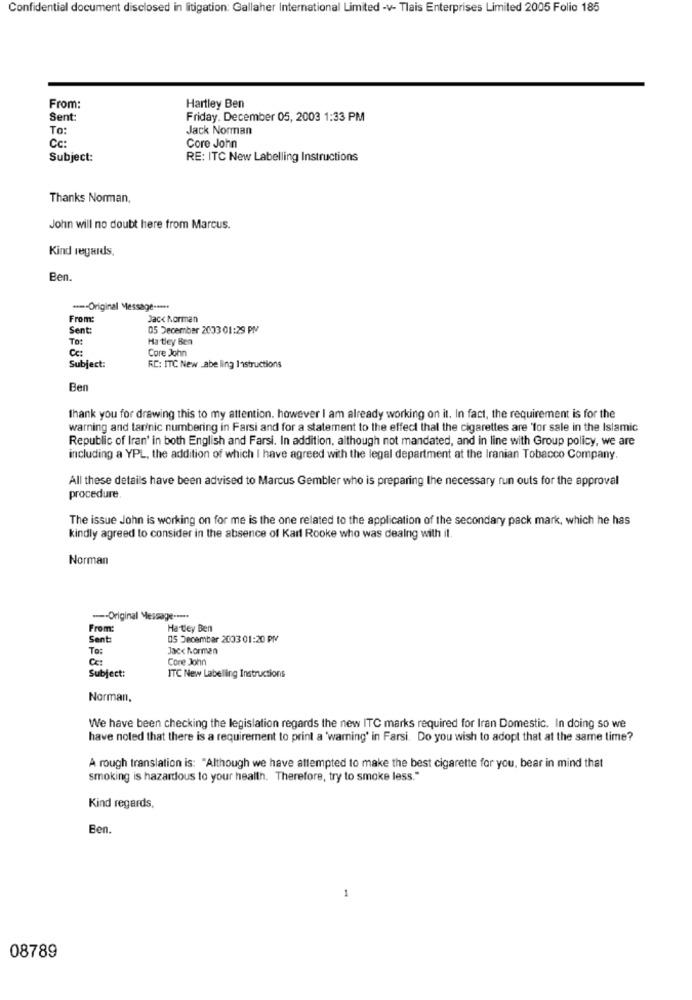
Confidential document disclosed in litigation: Gallaher International Limited -v- Tlais Enterprises Limited 2005 Folio 185
From:
Hartley Ben
Sent:
Friday. December 05, 2003 1:33 PM
To:
Jack Norman
Cc:
Core John
Subject:
RE: ITC New Labelling Instructions
Thanks Norman,
John will no doubt here from Marcus.
Kind regards,
Ben.
==- Original Message -****
From:
Jack Norman
Sent:
05 December 2003 01:29 PM
To:
Ha tley Ben
Cc:
Core John
Subject:
RC: ITC New _abe ling Instructions
Ben
thank you for drawing this to my attention. however I am already working on it. In fact, the requirement is for the
warning and tarinic numbering in Farsi and for a statement to the effect that the cigarettes are 'for sale in the Islamic
Republic of Iran' in both English and Farsi. In addition, although not mandated, and in line with Group policy, we are
including a YPL, the addition of which I have agreed with the legal department at the Iranian Tobacco Company.
All these details have been advised to Marcus Gembler who is preparing the necessary run outs for the approval
procedure
The issue John is working on for me is the one related to the application of the secondary pack mark, which he has
kindly agreed to consider in the absence of Karl Rooke who was dealng with il.
Norman
---- Original Message ----.
From:
Ha tley Ben
Sent:
OS December 2003 01:20 PM
To:
Jack Norman
Cc:
Core John
Subject:
ITC New Labelling Instructions
Norman.
We have been checking the legislation regards the new ITC marks required for Iran Domestic. In doing so we
have noted that there is a requirement to print a 'warning' in Farsi. Do you wish to adopt that at the same time?
A rough translation is: "Although we have attempted to make the best cigarette for you, bear in mind that
smoking is hazardous to your health. Therefore, try to smoke less."
Kind regards,
Ben.
1
08789